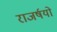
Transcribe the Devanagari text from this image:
राजर्षयो